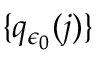
\{ q _ { \epsilon _ { 0 } } ( j ) \}